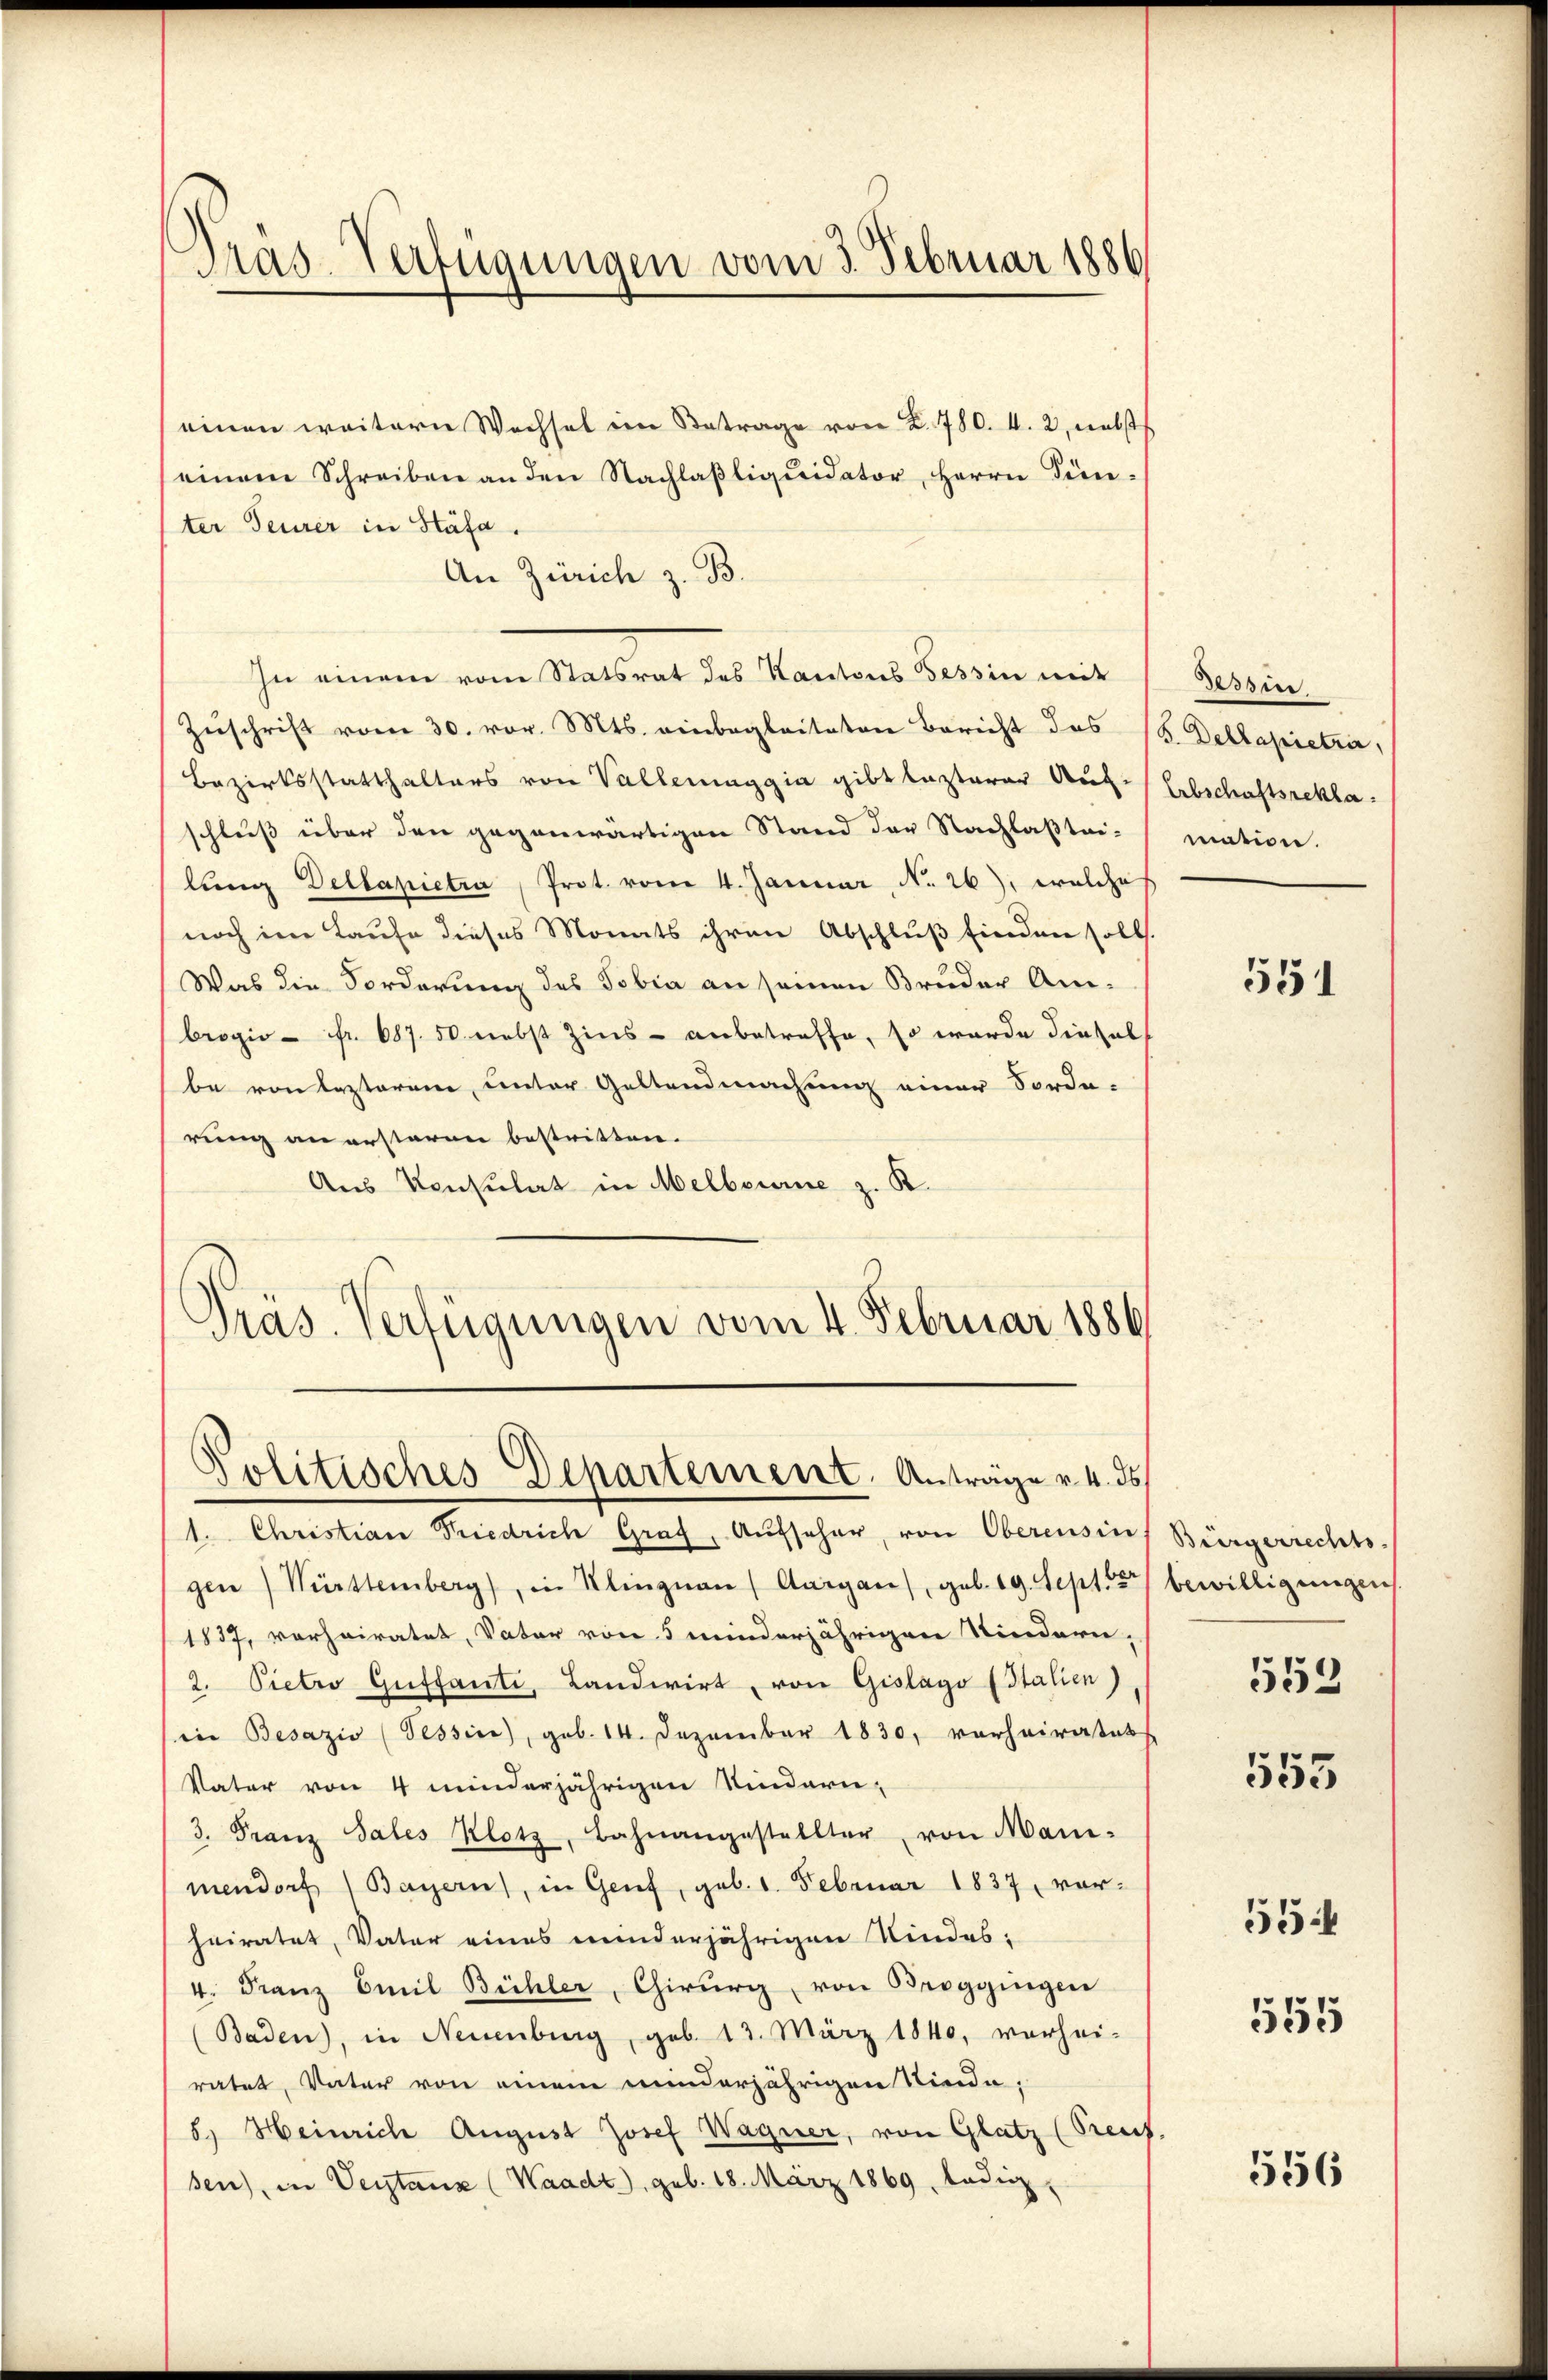
Präs-Verfügungen vom 3. Februar 1886

einen weitern Wechsel im Betrage von Z. 780. 4. 2, nebste
einem Schreiben an den Nachlaβliquidator Herrn Fün-
ter Feurer in Stäfa.
An Zürich z. B.
In einem vom Statsrat des Kantons Tessin mit
Zuschrift vom 30. vor. Mts. einbegleiteten Bericht das 18. Deklapietrie,
Bezirksstatthalters von Vallemaggia gibt lezterer Auf-Erbschaftsreklaschluß über den gegenwärtigen Stand der Nachlaßtei-mation.
lŭng Dellapietra Prot. vom 4. Januar, No. 26), welche
noch im Laufe dieses Monats ihren Abschluß finden soll.
Was die Forderung des Tobia an seinen Bruder An-
brogie fr. 687. 50. nebst Zins - anbetreffe, so wurde diesel
be von lezterem unter Geltendmachung einer Forde-
rung an ersteren bestritten.
Aus Konsulat in Melbourne z. R.
Präs. Verfügungen vom 4. Februar 1886

Politisches Departement. Anträge v. 4. ds.

1. Christian Friedrich Graf, Aufseher, von Oberensins Bürgerrechts-
gen) Württemberg), in Klingnau, Aargau, geb. 19. Sept. 1 bewilligungen
1857, verheiratet, Vater von 5 minderjährigen Kindern,
2. Pietro Gustanti, Landwirt, von Gislago (Italien)
in Besazio (Tessire), geb. 14. Dezember 1830. vorheiratet
Vater von 4 minderjährigen Kindern-
3. Franz Sales Klotz, Bahnangestellter von Mani-
mendorf) Bayern), in Genf, geb. 1. Februar 1837 vor-
heiratet, Vater eines minderjährigen Kindes-
4. Franz Emil Bühler, Chirurg, von Broggingen
(Baden, in Neuenburg, geb. 13. März 1840, vorhei-
ratet, Vater von einem minderjährigen Niede
8.) Heinrich August Josef Wagner, von Glatz (reut.
sen), in Verstanz (Waadt, geb. 18. März 1869, ledig,

Tessin

551

553
555

554

555

556